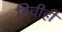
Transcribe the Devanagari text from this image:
तिचीही